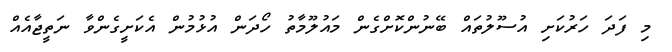
މި ފަދަ ހަރުކަށި އުސޫލުތައް ބޭނުންކޮށްގެން މައުލޫމާތު ހޯދަން އުޅުމުން އެކަށީގެންވާ ނަތީޖާއެއް